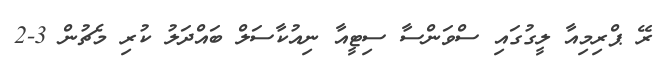
ރޭ ޕްރިމިއާ ލީގުގައި ސްވަންސާ ސިޓީއާ ނިއުކާސަލް ބައްދަލު ކުރި މެޗުން 3-2